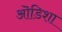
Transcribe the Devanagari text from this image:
ऒडिशा